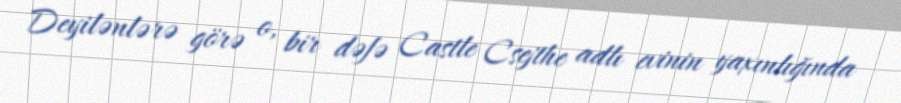
Deyilənlərə görə o, bir dəfə Castle Csejthe adlı evinin yaxınlığında